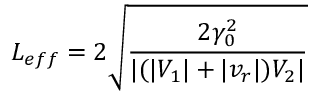
L _ { e f f } = 2 \sqrt { \frac { 2 \gamma _ { 0 } ^ { 2 } } { | ( | V _ { 1 } | + | v _ { r } | ) V _ { 2 } | } }